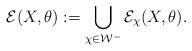
LaTeX: \begin{align*}\mathcal E(X,\theta) := \bigcup_{\chi \in \mathcal W^-} \mathcal E_\chi(X,\theta).\end{align*}